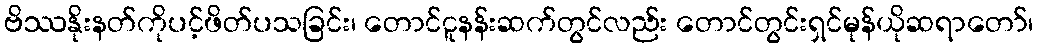
ဗိဿနိုးနတ်ကိုပင့်ဖိတ်ပသခြင်း၊ တောင်ငူနန်းဆက်တွင်လည်း တောင်တွင်းရှင်မုန်ယိုဆရာတော်၊